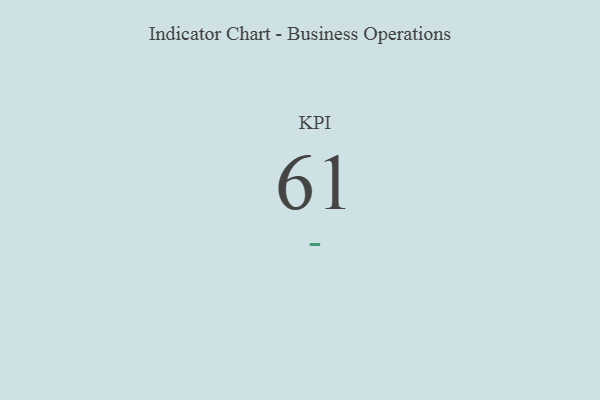
{"axis": {"x": "KPI", "y": "Value"}, "legend": [""], "data": [{"x": "KPI", "y": 61, "type": ""}]}